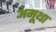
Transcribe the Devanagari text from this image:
अमूथा